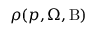
\rho ( p , \Omega , \mathrm { { B ) } }